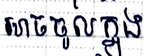
អាចចូលក្នុង